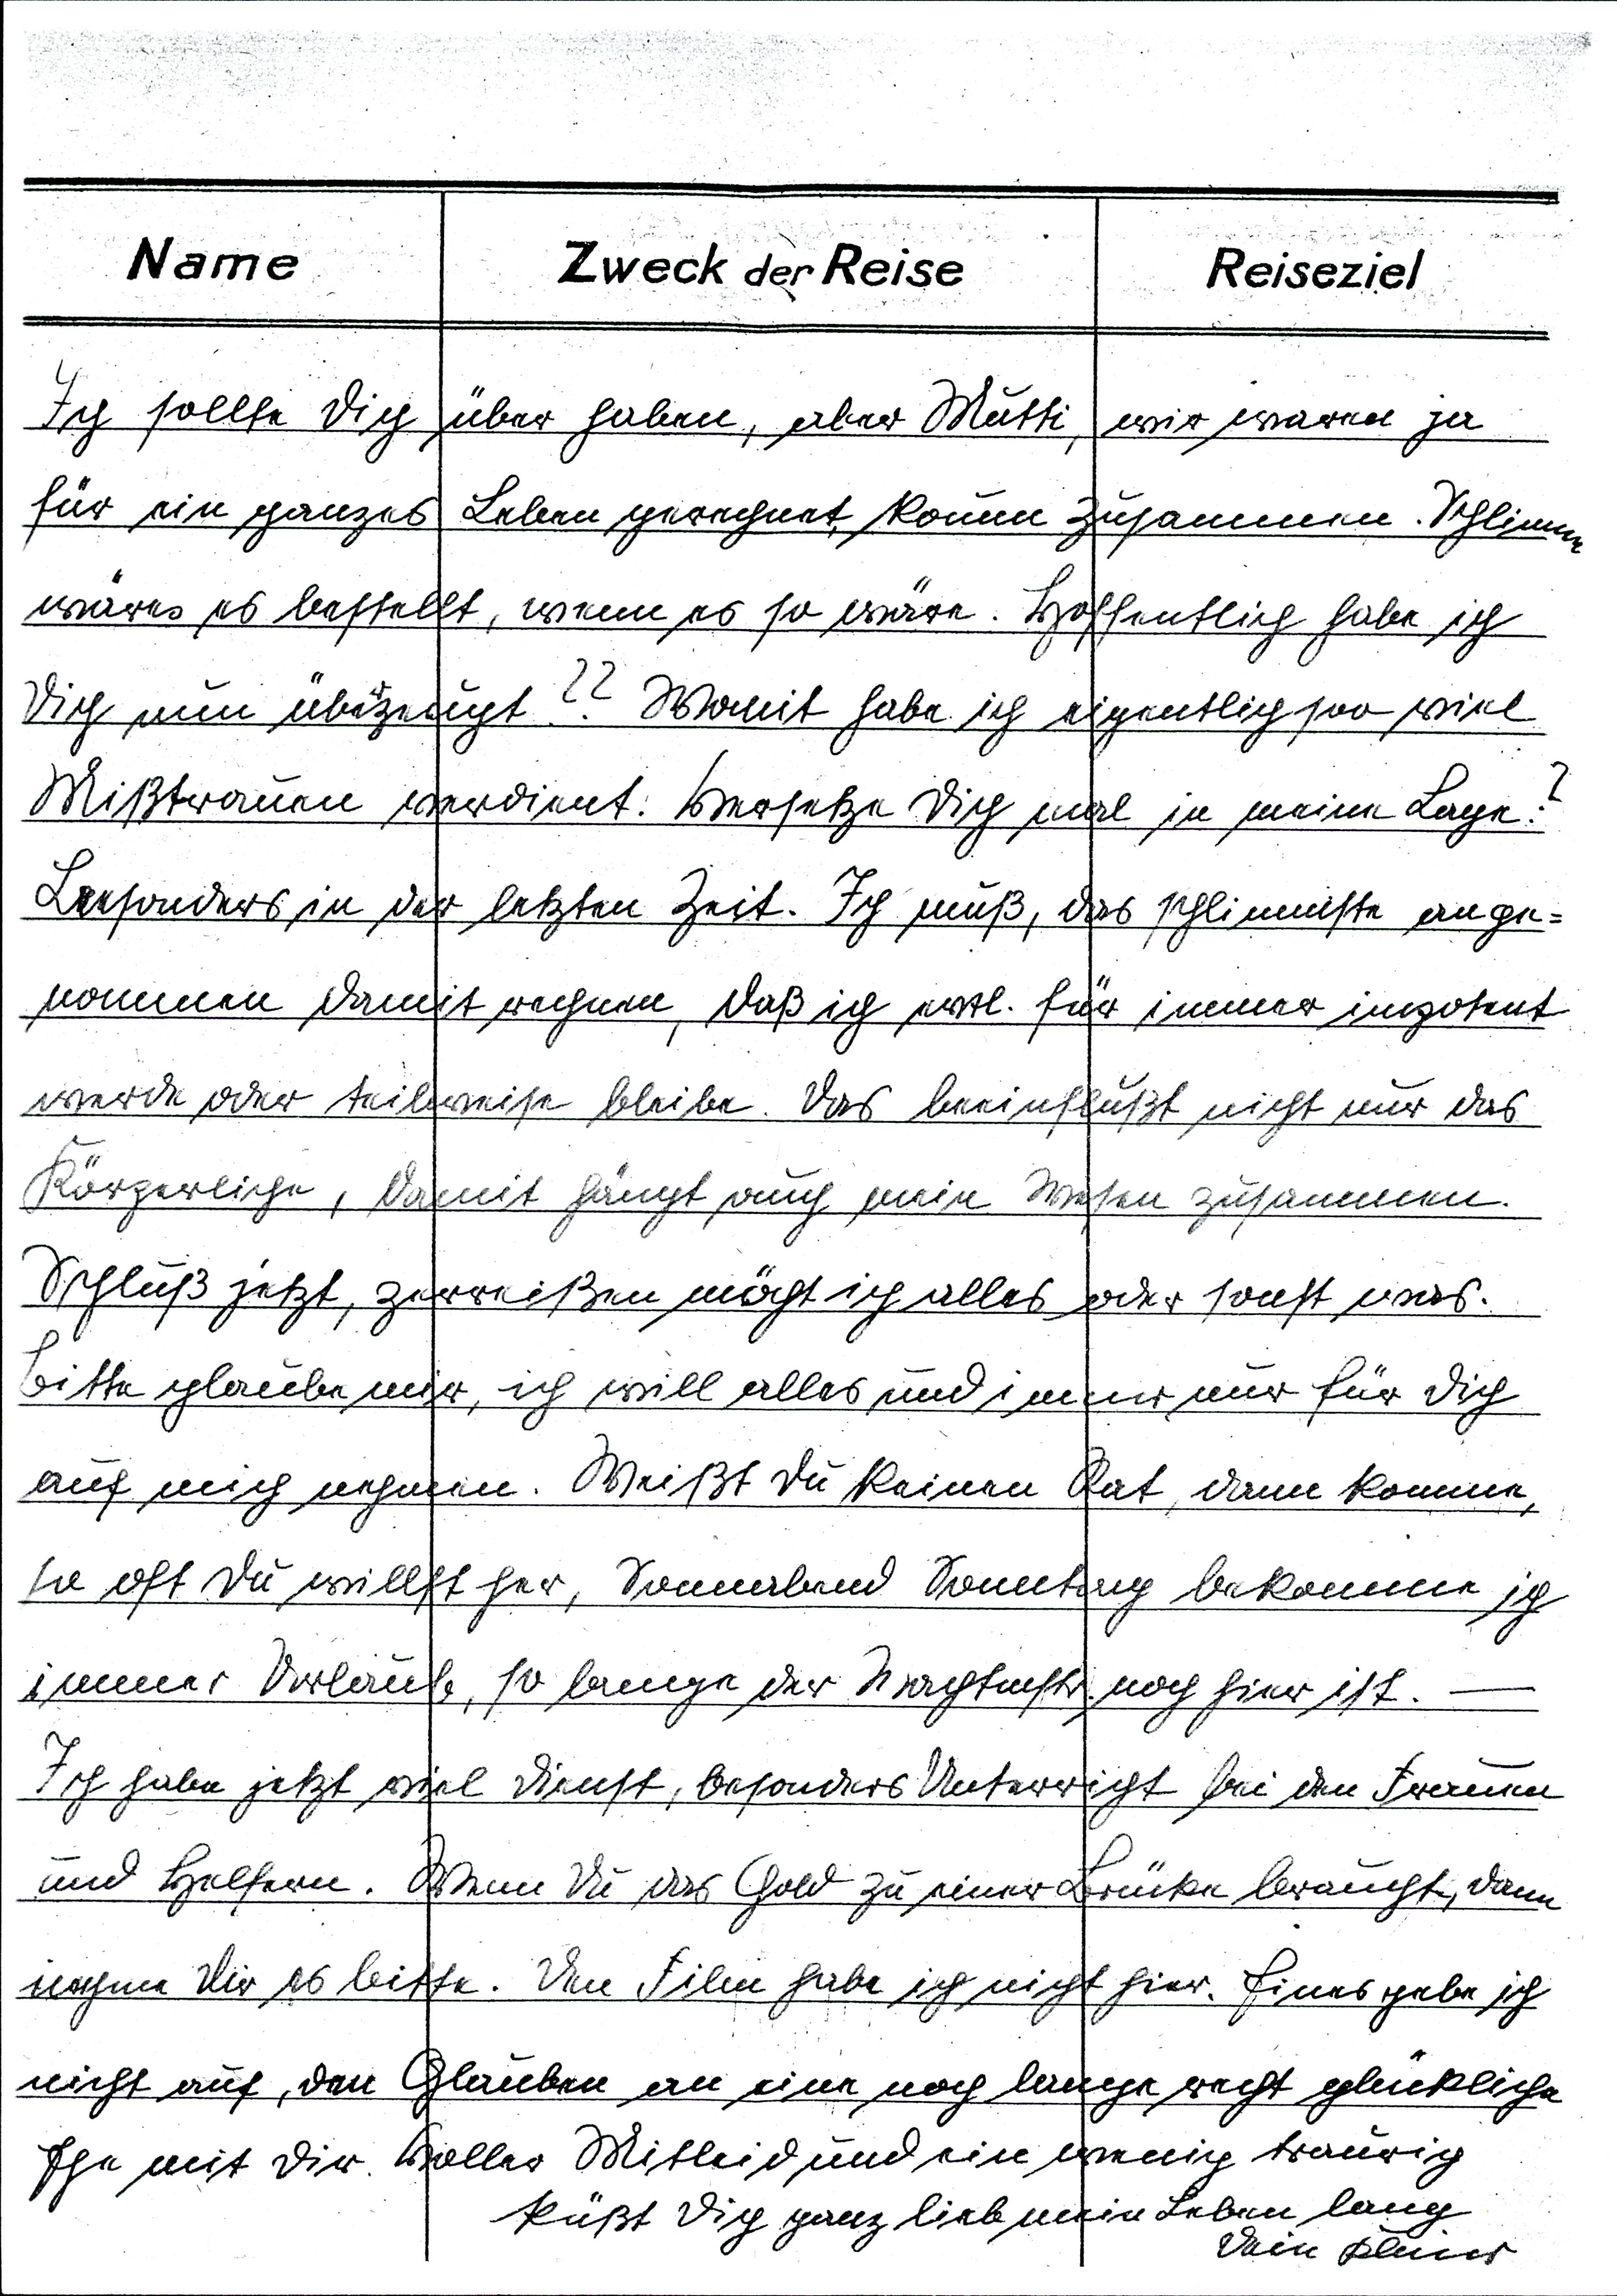
Ich sollte Dich über haben, aber Mutti, wir waren ja
für ein ganzes Leben gerechnet kaum zusammen. Schlimmer
wäre es bestellt, wenn es so wäre. Hoffentlich habe ich
Dich nun überzeugt?? Womit habe ich eigentlich soo viel
Mißtrauen verdient. Versetze Dich mal in meine Lage?
Besonders in der letzten Zeit. Ich muß, das schlimmste ange¬
nommen damit rechnen, daß ich evtl. für immer impotent
werde oder teilweise bleibe. Das beeinflußt nicht nur das
Körperliche, damit hängt auch mein Wesen zusammen.
Schluß jetzt, zerreißen möcht ich alles oder sonst was.
Bitte glaube mir, ich will alles und immer nur für dich
auf mich nehmen. Weißt Du keinen Rat, dann komme,
so oft Du willst her, Sonnabend Sonntag bekomme ich
immer Urlaub, so lange der Wachtmstr. noch hier ist. -
Ich habe jetzt viel Dienst, besonders Unterricht bei den Frauen
und Helfern. Wenn Du das Gold zu einer Brücke brauchst, dann
nehme Dir es bitte. Den Film habe ich nicht hier. Eines gebe ich
nicht auf, den Glauben an eine noch lange recht glückliche
Ehe mit Dir. Voller Mitleid und ein wenig traurig
küßt Dich ganz lieb mein Leben lang
Dein Kleines